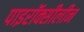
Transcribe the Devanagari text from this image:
पाइरॉक्सीलीन